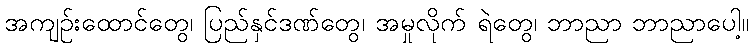
အကျဉ်းထောင်တွေ၊ ပြည်နှင်ဒဏ်တွေ၊ အမှုလိုက် ရဲတွေ၊ ဘာညာ ဘာညာပေါ့။